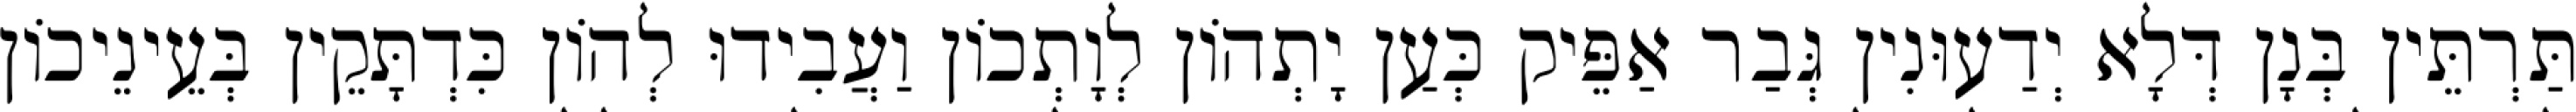
תַּרְתֵּין בְּנָן דְּלָא יְדַעוּנִין גְּבַר אַפֵּיק כְּעַן יָתְהוֹן לְוָתְכוֹן וַעֲבִידוּ לְהוֹן כִּדְתָּקֵין בְּעֵינֵיכוֹן